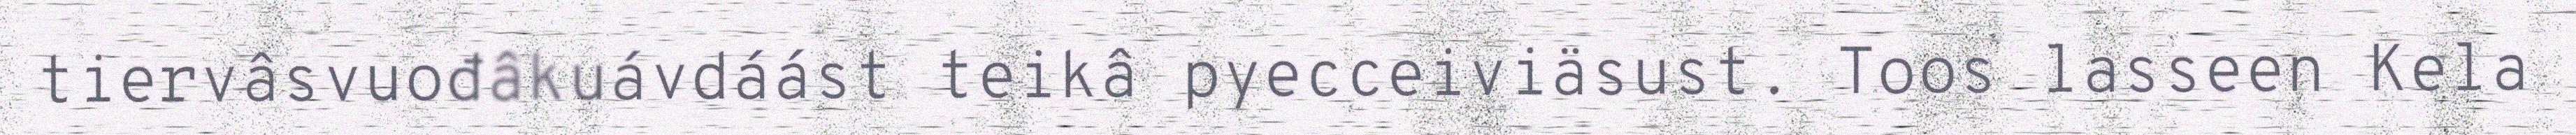
tiervâsvuođâkuávdáást teikâ pyecceiviäsust. Toos lasseen Kela